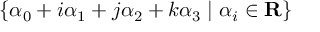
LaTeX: \{ \alpha _ { 0 } + i \alpha _ { 1 } + j \alpha _ { 2 } + k \alpha _ { 3 } \mid \alpha _ { i } \in \mathbf { R } \}